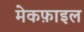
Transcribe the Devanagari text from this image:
मेकफ़ाइल